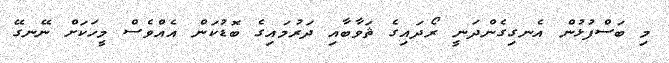
މި ބަސްފުޅުން އެނގިގެންދަނީ ރޯދައިގެ ޘަވާބާއި ދަރުމައިގެ ބޮޑުކަން އެއްވެސް މީހަކަށް ނޭނގޭ